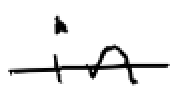
Text: in
Cross-out: single-line
Writing tool: digital_black